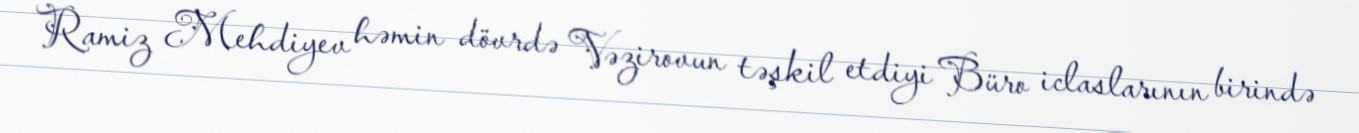
Ramiz Mehdiyev həmin dövrdə Vəzirovun təşkil etdiyi Büro iclaslarının birində